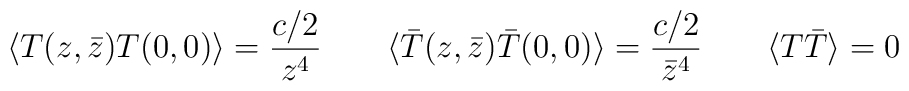
\langle T(z,\bar{z})T(0,0)\rangle =\frac{c/2}{z^{4}}\qquad \langle \bar{T}(z,\bar{z})\bar{T}(0,0)\rangle =\frac{c/2}{\bar{z}^{4}}\qquad \langle T\bar{T}\rangle =0